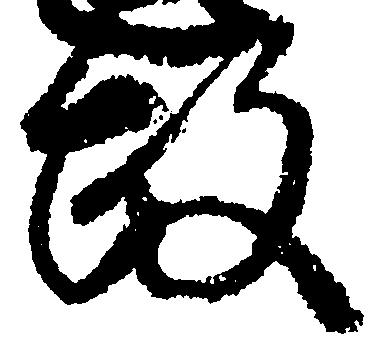
政